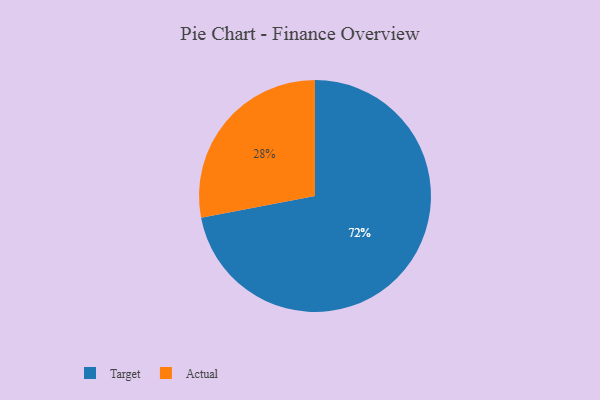
{"axis": {"x": "Category", "y": "Percentage"}, "legend": ["Actual", "Target"], "data": [{"x": "Actual", "y": 28, "type": "Actual"}, {"x": "Target", "y": 72, "type": "Target"}]}